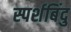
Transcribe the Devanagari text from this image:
स्पर्शबिंदु